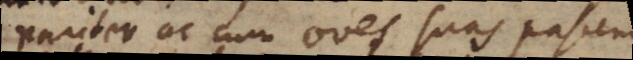
pariter ac cum oves suas pascendas